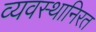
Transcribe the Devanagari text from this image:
व्यवस्थानिरत